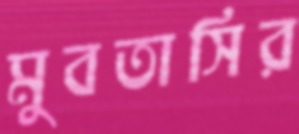
মুবতাসির